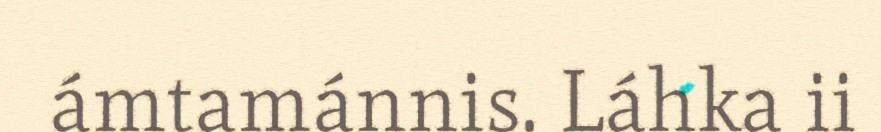
ámtamánnis. Láhka ii